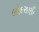
લોદરાણી